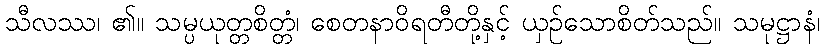
သီလဿ၊ ၏။ သမ္ပယုတ္တစိတ္တံ၊ စေတနာဝိရတီတို့နှင့် ယှဉ်သောစိတ်သည်။ သမုဋ္ဌာနံ၊